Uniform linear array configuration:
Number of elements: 24
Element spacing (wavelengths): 0.25
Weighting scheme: uniform
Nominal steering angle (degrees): -45
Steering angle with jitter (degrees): -46.385
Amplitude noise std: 0.05
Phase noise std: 0.05

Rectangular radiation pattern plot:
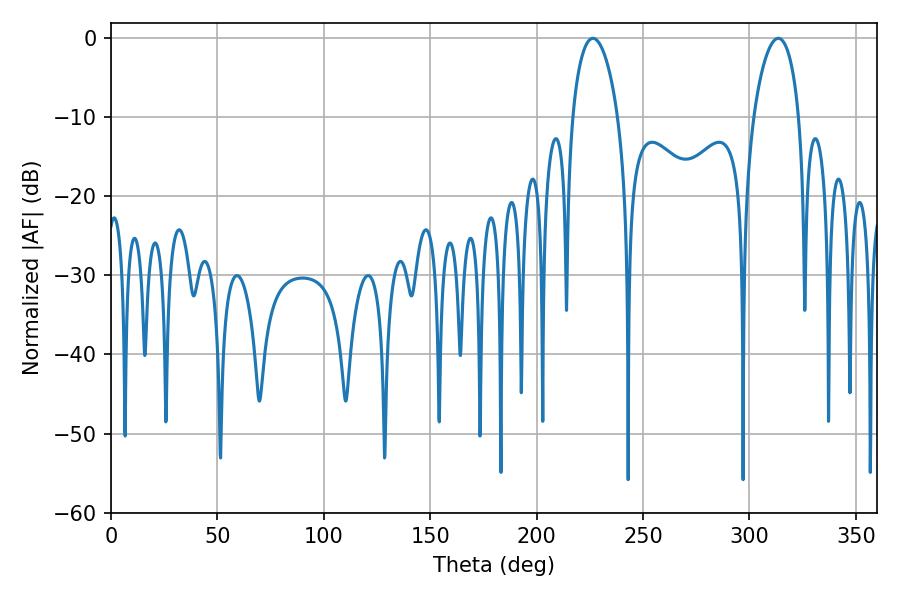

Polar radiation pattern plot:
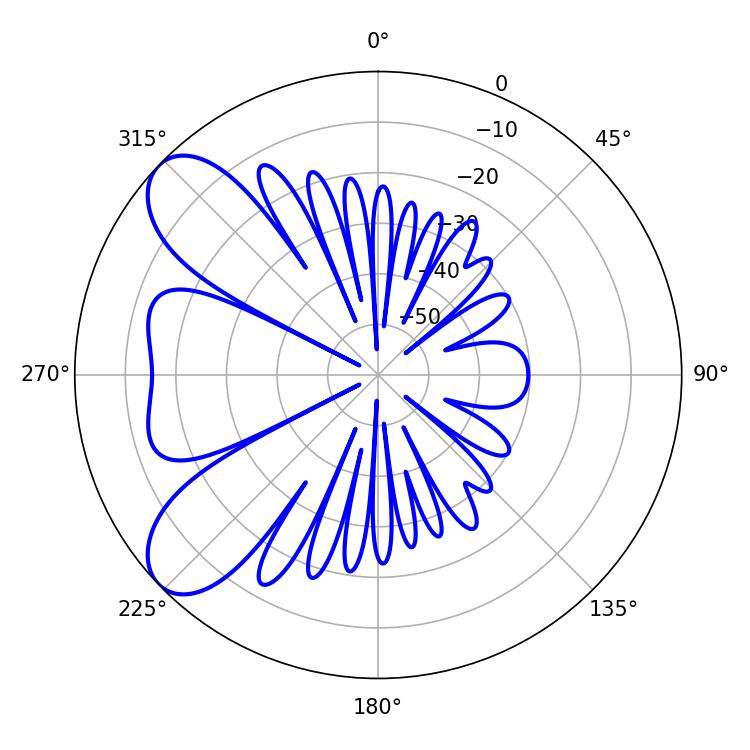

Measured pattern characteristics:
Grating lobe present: FALSE
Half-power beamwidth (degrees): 12.24
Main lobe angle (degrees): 226.44